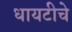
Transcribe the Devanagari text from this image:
धायटीचे